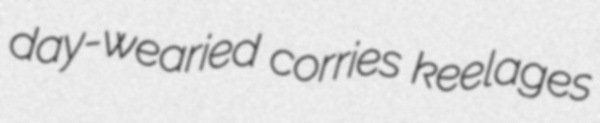
day-wearied corries keelages